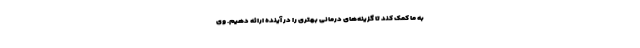
به ما کمک کند تا گزینه‌های درمانی بهتری را در آینده ارائه دهیم. وی